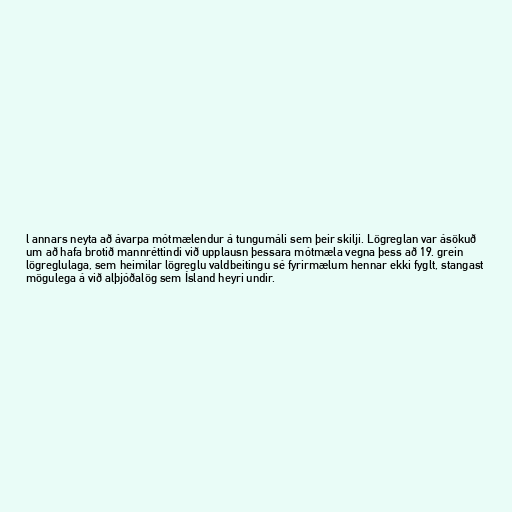
l annars neyta að ávarpa mótmælendur á tungumáli sem þeir skilji. Lögreglan var ásökuð
um að hafa brotið mannréttindi við upplausn þessara mótmæla vegna þess að 19. grein
lögreglulaga, sem heimilar lögreglu valdbeitingu sé fyrirmælum hennar ekki fyglt, stangast
mögulega á við alþjóðalög sem Ísland heyri undir.